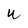
Character: U